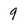
Character: 9